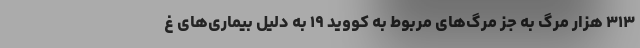
۳۱۳ هزار مرگ به جز مرگ‌های مربوط به کووید ۱۹ به دلیل بیماری‌های غ